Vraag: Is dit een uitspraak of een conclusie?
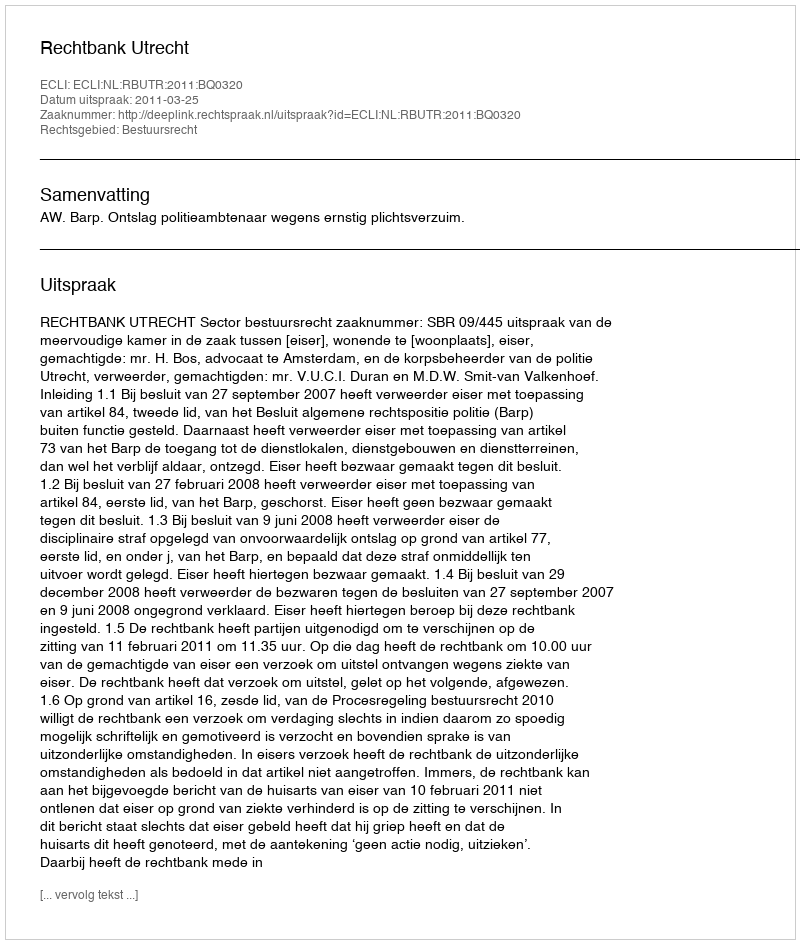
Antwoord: Uitspraak